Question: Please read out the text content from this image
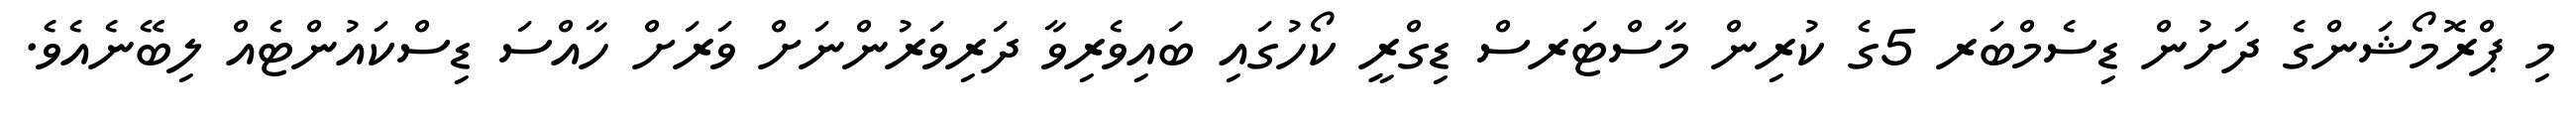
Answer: މި ޕްރޮމޯޝަންގެ ދަށުން ޑިސެމްބަރ 5ގެ ކުރިން މާސްޓަރސް ޑިގްރީ ކޯހުގައި ބައިވެރިވާ ދަރިވަރުންނަށް ވަރަށް ހާއްސަ ޑިސްކައުންޓެއް ލިބޭނެއެވެ.